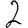
Digit: 2